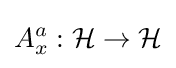
A_{x}^{a}:{\mathcal {H}}\to {\mathcal {H}}